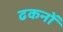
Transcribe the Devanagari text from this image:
ढकनों